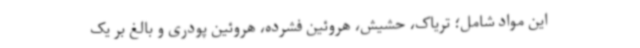
این مواد شامل؛ تریاک، حشیش، هروئین فشرده، هروئین پودری و بالغ بر یک